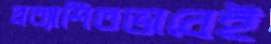
প্রত্যাশিতভাবেই